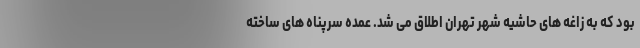
بود که به زاغه های حاشیه شهر تهران اطلاق می شد. عمده سرپناه های ساخته